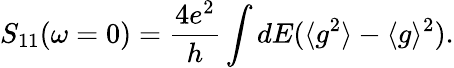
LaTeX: {S_{11}(\omega=0)=\frac{4e^{2}}{h}\int dE(\langle g^{2}\rangle-\langle g\rangle^{2})}.